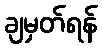
ချမှတ်ရန်